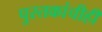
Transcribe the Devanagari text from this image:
पुस्तकांचीही